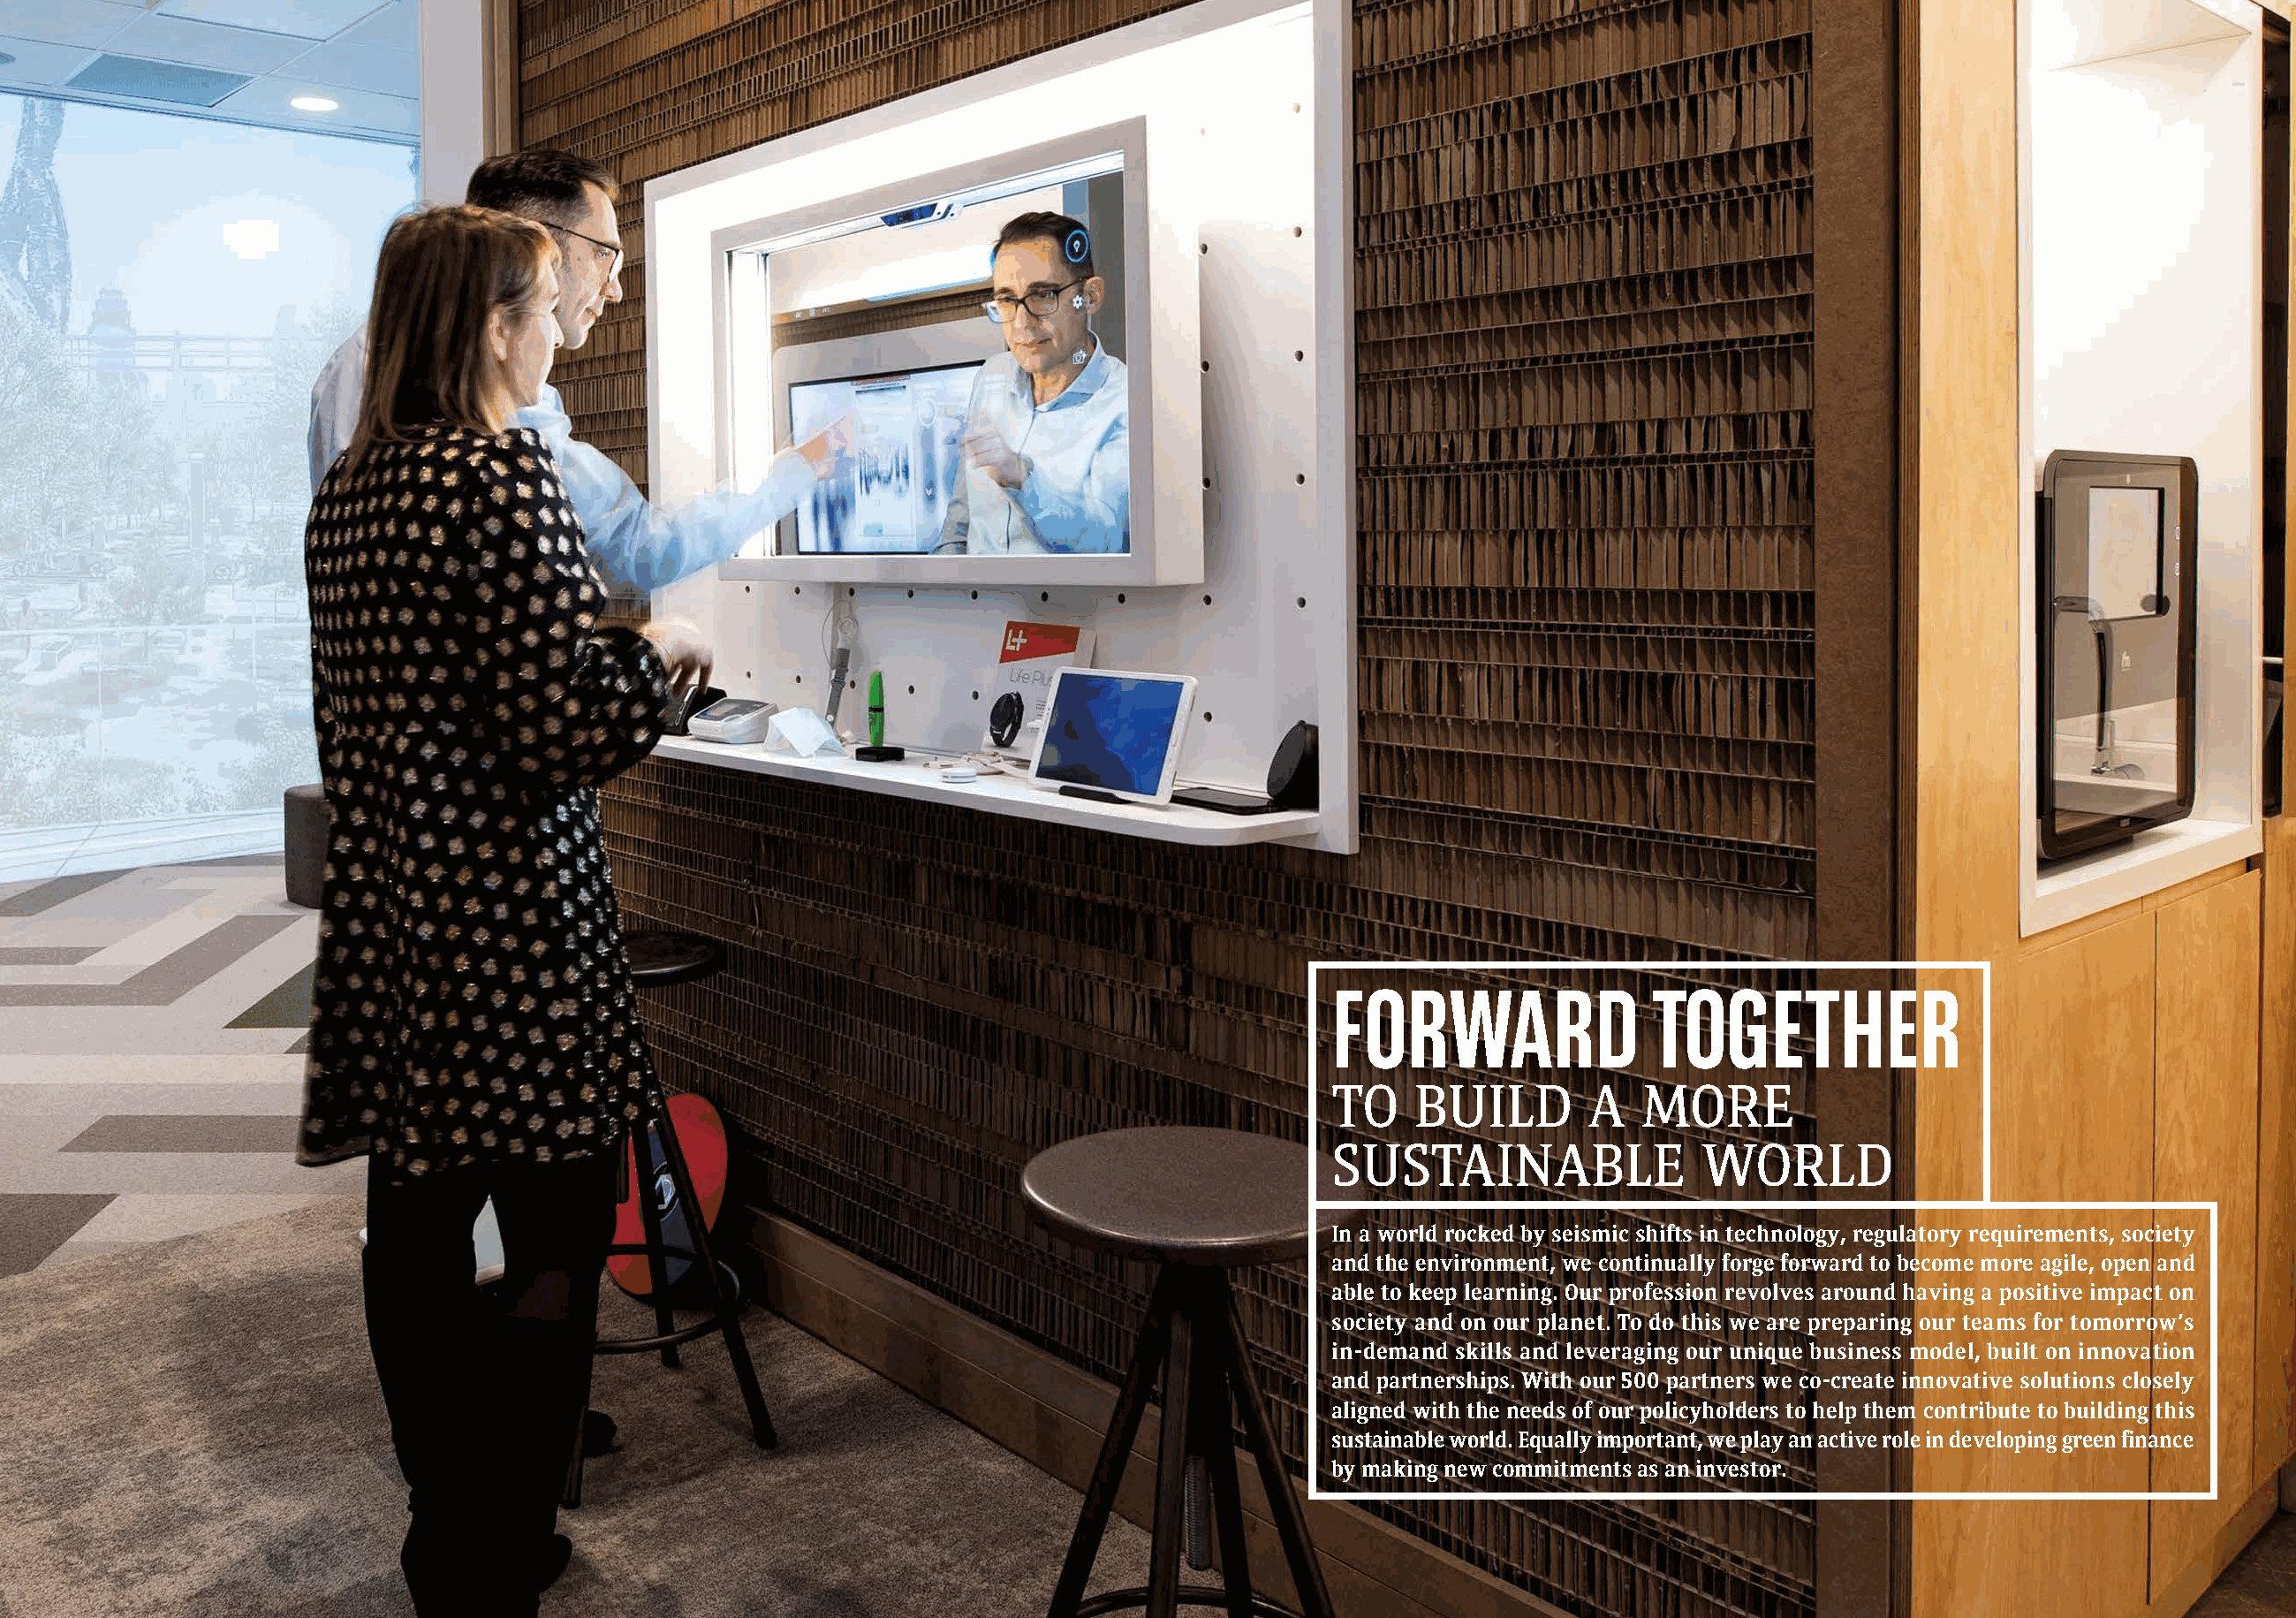
FORWARD                 TOGETHER
 TO    BUILD        A   MORE
 SUSTAINABLE                WORLD
 In a world rocked by seismic shifts in technology, regulatory requirements, society
 and the environment, we continually forge forward to become more agile, open and
 able to keep learning. Our profession revolves around having a positive impact on
 society and on our planet. To do this we are preparing our teams for tomorrow’s
 in-demand skills and leveraging our unique business model, built on innovation
 and partnerships. With our 500 partners we co-create innovative solutions closely
 aligned with the needs of our policyholders to help them contribute to building this
 sustainable world. Equally important, we play an active role in developing green finance
 by making new commitments as an investor.